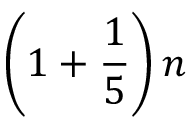
\left( 1 + { \frac { 1 } { 5 } } \right) n